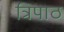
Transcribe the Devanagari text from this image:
त्रिपाठ